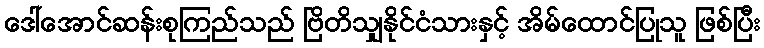
ဒေါ်အောင်ဆန်းစုကြည်သည် ဗြိတိသျှနိုင်ငံသားနှင့် အိမ်ထောင်ပြုသူ ဖြစ်ပြီး